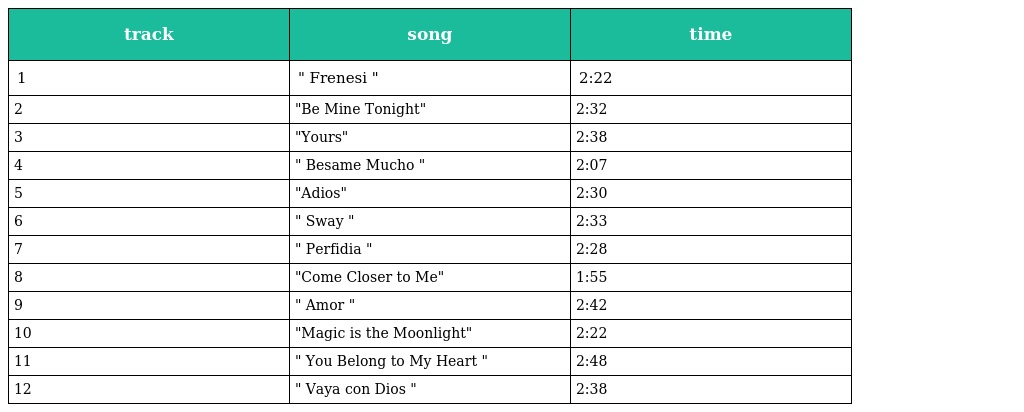
| track | song | time |
 | --- | --- | --- |
 | 1 | " Frenesi " | 2:22 |
 | 2 | "Be Mine Tonight" | 2:32 |
 | 3 | "Yours" | 2:38 |
 | 4 | " Besame Mucho " | 2:07 |
 | 5 | "Adios" | 2:30 |
 | 6 | " Sway " | 2:33 |
 | 7 | " Perfidia " | 2:28 |
 | 8 | "Come Closer to Me" | 1:55 |
 | 9 | " Amor " | 2:42 |
 | 10 | "Magic is the Moonlight" | 2:22 |
 | 11 | " You Belong to My Heart " | 2:48 |
 | 12 | " Vaya con Dios " | 2:38 |